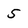
Character: 5